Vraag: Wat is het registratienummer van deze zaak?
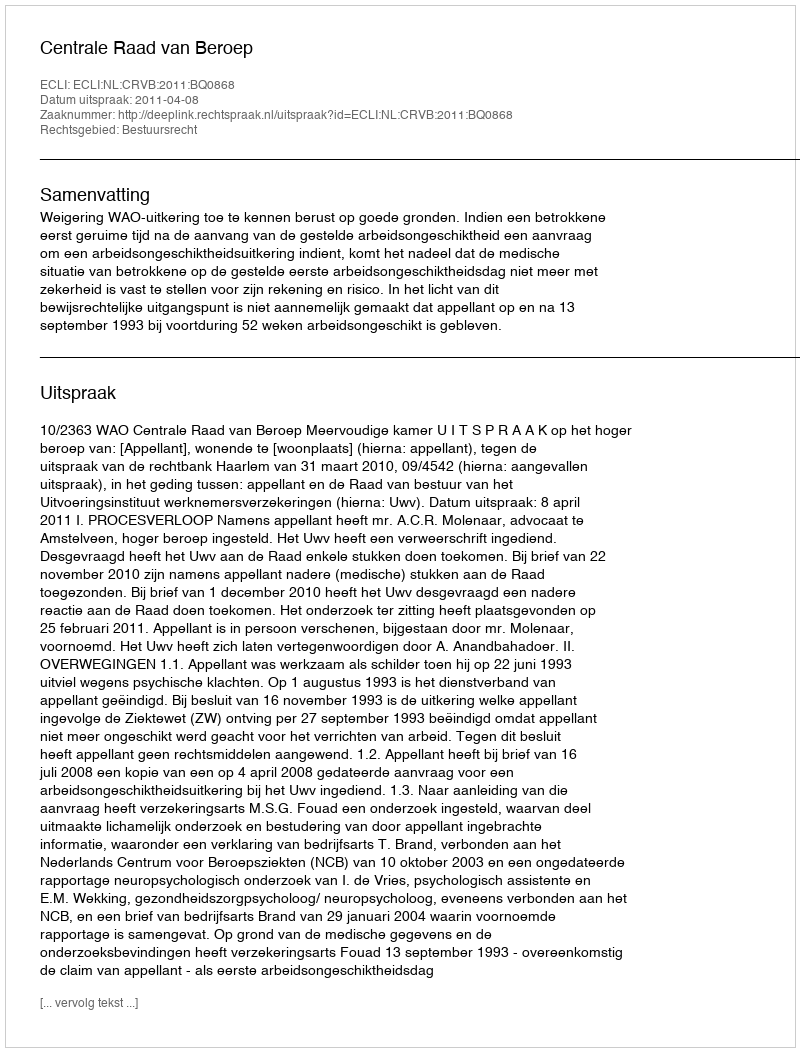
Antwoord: http://deeplink.rechtspraak.nl/uitspraak?id=ECLI:NL:CRVB:2011:BQ0868